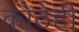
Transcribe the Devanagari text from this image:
कोठेंही